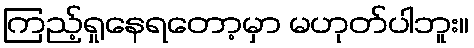
ကြည့်ရှုနေရတော့မှာ မဟုတ်ပါဘူး။